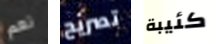
نعم تصريح كئيبة